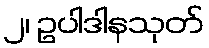
၂၊ ဥပါဒါနသုတ်